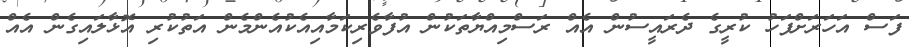
ފަސް އަހަރަށްފަހު ކުރީގެ ދެރައީސުން އެއް ރަސްމިއްޔާތަކުން އުފާވެރިކަމާއިއެކުއެންމެން އަތުކުރި އޮޅާލައިގެން އެއް